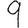
Digit: 9